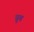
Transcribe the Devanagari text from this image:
ध्रुब